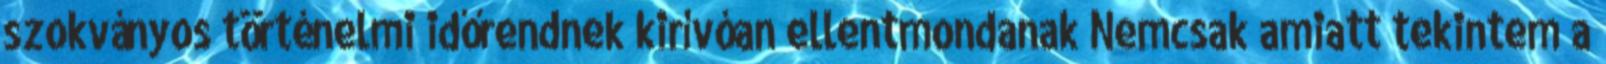
szokványos történelmi időrendnek kirívóan ellentmondanak Nemcsak amiatt tekintem a